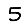
Digit: 5